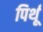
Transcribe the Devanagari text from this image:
पिर्थू